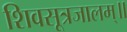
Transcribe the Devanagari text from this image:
शिवसूत्रजालम्॥